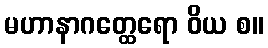
မဟာနာဂတ္ထေရော ဝိယ စ။